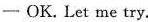
-OK. Let me try.